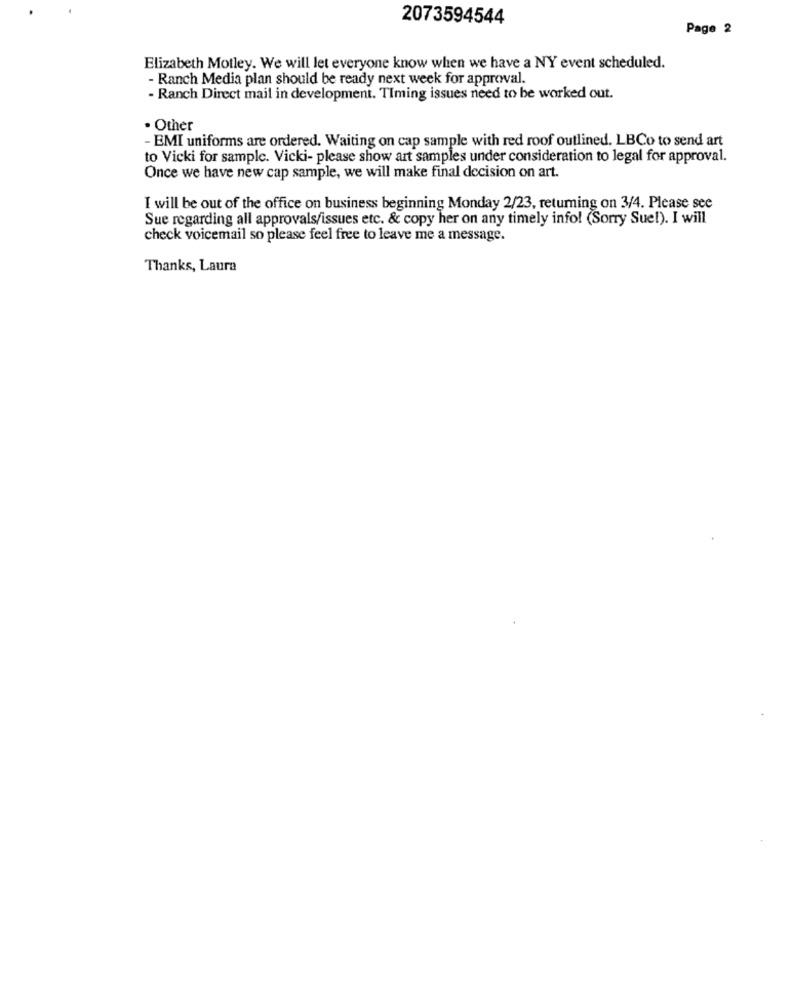
2073594544
Page 2
Elizabeth Motley. We will let everyone know when we have a NY event scheduled.
- Ranch Media plan should be ready next week for approval.
- Ranch Direct mail in development. TIming issues need to be worked out.
. Other
- EMI uniforms are ordered. Waiting on cap sample with red roof outlined. LBCo to send art
to Vicki for sample. Vicki- please show art samples under consideration to legal for approval.
Once we have new cap sample, we will make final decision on art.
I will be out of the office on business beginning Monday 2/23, returning on 3/4. Please see
Sue regarding all approvals/issues etc. & copy her on any timely info! (Sorry Suel). I will
check voicemail so please feel free to leave me a message.
Thanks, Laura